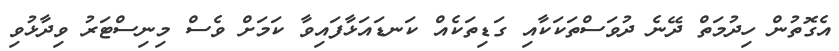
އެގޮތުން ހިދުމަތް ދޭނެ ދުވަސްތަކަކާއި ގަޑިތަކެއް ކަނޑައަޅާފައިވާ ކަމަށް ވެސް މިނިސްޓަރު ވިދާޅުވި